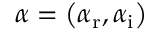
\alpha = \left( \alpha _ { \mathrm { { r } } } , \alpha _ { \mathrm { { i } } } \right)